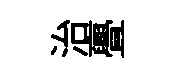
治亹